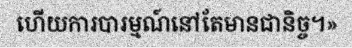
ហើយការបារម្មណ៍នៅតែមានជានិច្ច។»